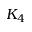
K _ { 4 }